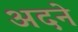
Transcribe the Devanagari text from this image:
अदने